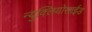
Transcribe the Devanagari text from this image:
न्युक्लियोसाईड